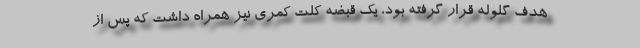
هدف گلوله قرار گرفته بود، یک قبضه کلت کمری نیز همراه داشت که پس از